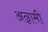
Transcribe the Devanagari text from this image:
अन्नामी